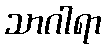
သာဂါရာ